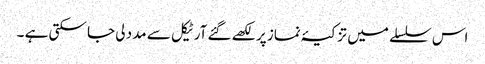
اس سلسلے میں تزکیۂ نماز پر لکھے گئے آرٹیکل سے مدد لی جا سکتی ہے ۔